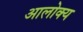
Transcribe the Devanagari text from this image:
आलोक्य